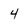
Character: 4